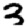
Digit: 3